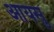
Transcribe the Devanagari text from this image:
आयसु